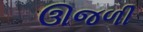
ઊજળી